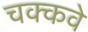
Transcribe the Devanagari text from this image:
चक्‍कवे